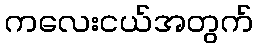
ကလေးငယ်အတွက်